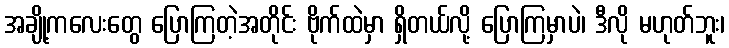
အချို့ကလေးတွေ ပြောကြတဲ့အတိုင်း ဗိုက်ထဲမှာ ရှိတယ်လို့ ပြောကြမှာပဲ၊ ဒီလို မဟုတ်ဘူး၊